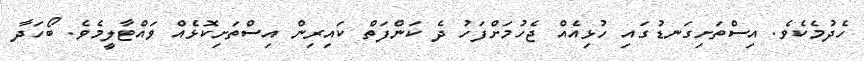
ހެދުމެކެވެ. އިސްތަށިގަނޑުގައި ހުޅިއެއް ޖެހުމަށްފަހު ދެ ކަންފަތް ކައިރިން އިސްތަށިކޮޅެއް ވައްޓާލީމެވެ. ބޯހަދާ